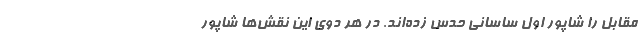
مقابل را شاپور اول ساسانی حدس زده‌اند. در هر دوی این نقش‌ها شاپور